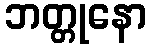
ဘတ္တုနော